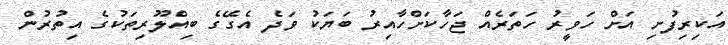
އަކިރިފުށި އަށް ހަވީރު ހަތަރެއް ޖަހާކަށްހާއިރު ބަޔަކު ވަދެ އެގޭގެ ބިއްލޫރިތަކުގެ އިތުރުން